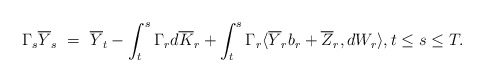
\begin{align*}\Gamma_s\overline{Y}_s \ = \ \overline Y_t - \int_t^s \Gamma_r d\overline{K}_r + \int_t^s \Gamma_r\langle\overline{Y}_r b_r + \overline{Z}_r,dW_r\rangle, t \leq s \leq T.\end{align*}